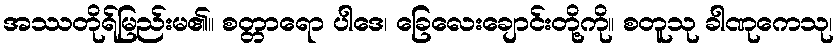
အဿတိုရ်မြည်းမ၏။ စတ္တာရော ပါဒေ၊ ခြေလေးချောင်းတို့ကို။ စတူသု ခါဏုကေသု၊